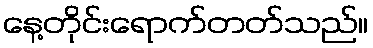
နေ့တိုင်းရောက်တတ်သည်။